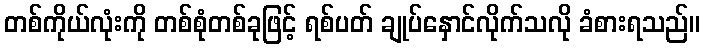
တစ်ကိုယ်လုံးကို တစ်စုံတစ်ခုဖြင့် ရစ်ပတ် ချုပ်နှောင်လိုက်သလို ခံစားရသည်။